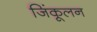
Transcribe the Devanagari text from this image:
जिंकूलन